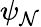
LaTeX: \psi_{\mathcal{N}}